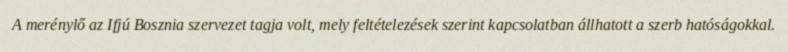
A merénylő az Ifjú Bosznia szervezet tagja volt, mely feltételezések szerint kapcsolatban állhatott a szerb hatóságokkal.